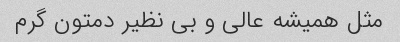
مثل همیشه عالی و بی نظیر دمتون گرم